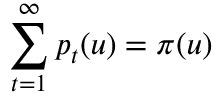
\sum _ { t = 1 } ^ { \infty } p _ { t } ( u ) = \pi ( u )